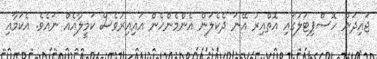
ޖައިދަން ހޮސްޕިޓަލުގައި އޮތްއިރު އޭނަ ދެކެލަން އެންމެންހެން އައިއިރުވެސް ކަމީލާއެއް ނައެވެ. އެކަމާއި